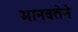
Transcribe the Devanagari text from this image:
मानवतेने